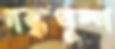
গন্ধপুষ্প